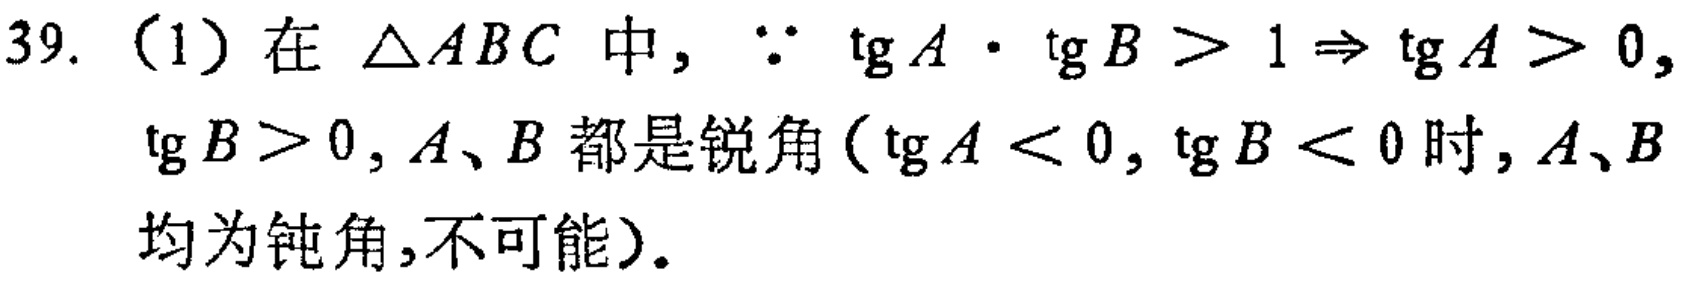
39.（1）在 \(\triangle ABC\) 中，\(\because \tan A\cdot \tan B > 1\Rightarrow \tan A > 0,\)

\(\tan B>0\)，\(A\)、\(B\) 都是锐角（\(\tan A < 0\)，\(\tan B < 0\) 时，\(A\)、\(B\)

均为钝角，不可能）。